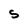
Character: S